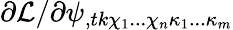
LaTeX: {\partial\mathcal L}/{\partial\psi_{,tk\chi_{1}...\chi_{n}\kappa_{1}...\kappa_{m}}}